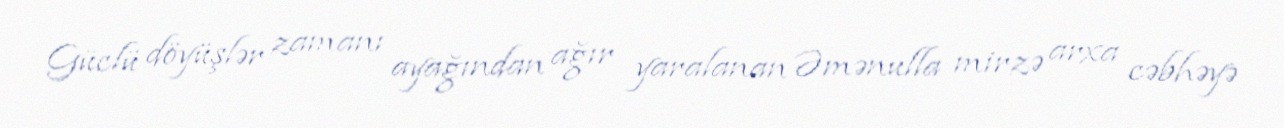
Güclü döyüşlər zamanı ayağından ağır yaralanan Əmənulla mirzə arxa cəbhəyə